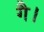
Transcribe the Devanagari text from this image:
गै।